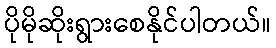
ပိုမိုဆိုးရွားစေနိုင်ပါတယ်။